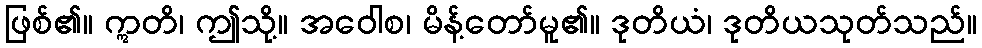
ဖြစ်၏။ ဣတိ၊ ဤသို့။ အဝေါစ၊ မိန့်တော်မူ၏။ ဒုတိယံ၊ ဒုတိယသုတ်သည်။